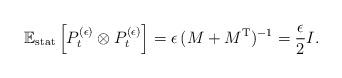
LaTeX: \begin{align*}\mathbb{E}_{\rm stat} \left[P_t^{(\epsilon)} \otimes P_t^{(\epsilon)}\right] =\epsilon \,(M + M^{\rm T})^{-1} = \frac{\epsilon}{2} I .\end{align*}